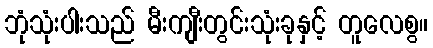
ဘုံသုံးပါးသည် မီးကျီးတွင်းသုံးခုနှင့် တူလေစွ။